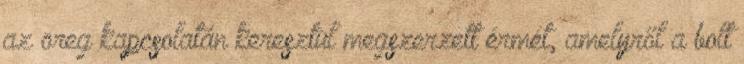
az öreg kapcsolatán keresztül megszerzett érmét, amelyről a bolt